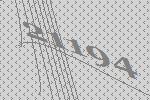
21194